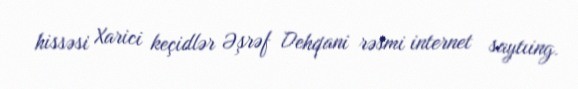
hissəsi Xarici keçidlər Əşrəf Dehqani rəsmi internet saytıing.